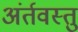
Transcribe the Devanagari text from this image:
अंर्तवस्तु